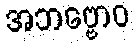
အဘဗ္ဗောဝ